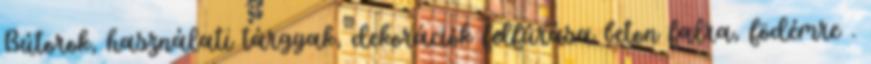
Bútorok, használati tárgyak, dekorációk felfúrása beton falra, födémre .